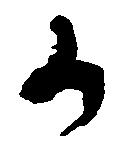
か